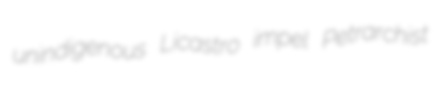
unindigenous Licastro impel Petrarchist